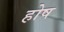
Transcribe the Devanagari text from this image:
होष